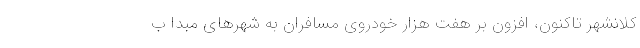
کلانشهر تاکنون، افزون بر هفت هزار خودروی مسافران به شهرهای مبدا ب